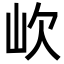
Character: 㰞